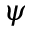
\psi